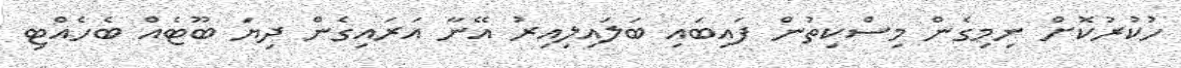
ހުކުރުކޮށް ނިމިގެން މިސްކިތުން ފައިބައި ބަލައިލިއިރު އޭނާ އަރައިގެން ދިޔަ ބޫޓެއް ބެހެއްޓި